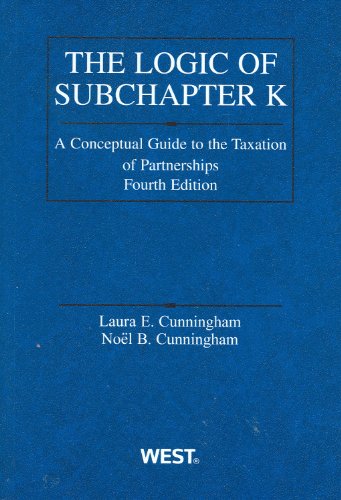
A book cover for Logic of Subchapter K: A Conceptual Guide to Taxation of Partnerships (American Casebook Series); Laura Cunningham; Law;